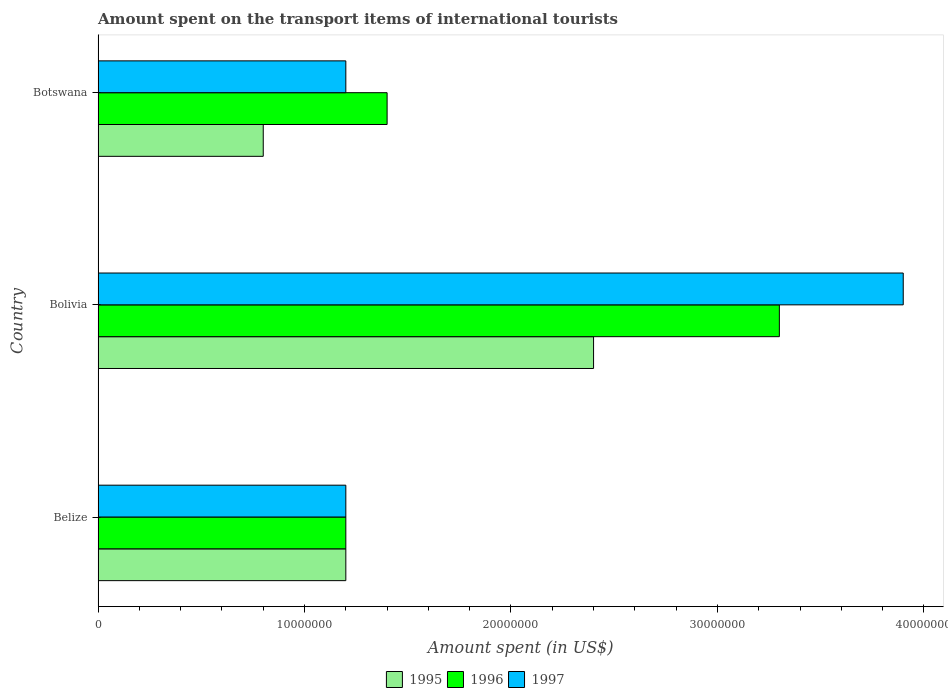
| Country | 1995 | 1996 | 1997 |
 | --- | --- | --- | --- |
 | Belize | 1.2e+07 | 1.2e+07 | 1.2e+07 |
 | Bolivia | 2.4e+07 | 3.3e+07 | 3.9e+07 |
 | Botswana | 8e+06 | 1.4e+07 | 1.2e+07 |